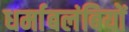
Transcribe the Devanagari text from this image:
धर्माबलंबियों